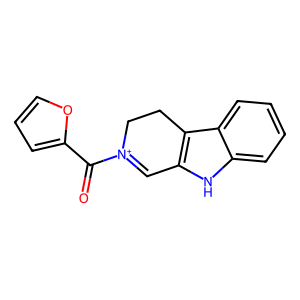
SMILES: O=C(c1ccco1)[N+]1=Cc2[nH]c3ccccc3c2CC1
Inhibits HIV replication: No